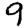
Digit: 9